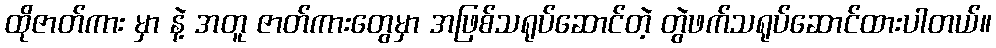
ထိုဇာတ်ကား မှာ နဲ့ အတူ ဇာတ်ကားတွေမှာ အဖြစ်သရုပ်ဆောင်တဲ့ တွဲဖက်သရုပ်ဆောင်ထားပါတယ်။